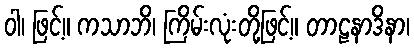
ဝါ၊ ဖြင့်။ ကသာဘိ၊ ကြိမ်းလုံးတို့ဖြင့်။ တာဠနာဒိနာ၊